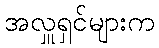
အလှူရှင်များက